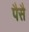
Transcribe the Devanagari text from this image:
पैसै